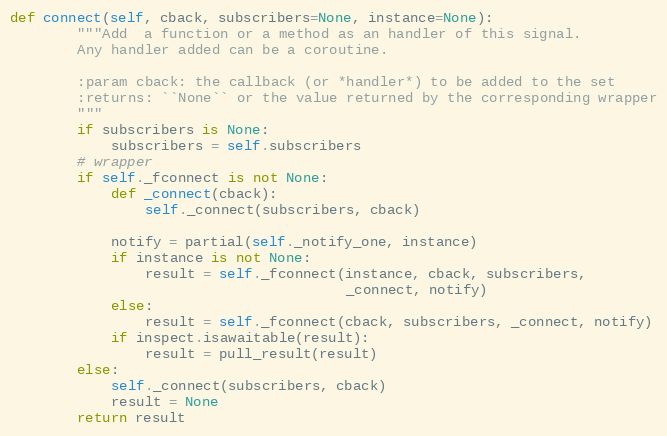
Language: Python
def connect(self, cback, subscribers=None, instance=None):
        """Add  a function or a method as an handler of this signal.
        Any handler added can be a coroutine.

        :param cback: the callback (or *handler*) to be added to the set
        :returns: ``None`` or the value returned by the corresponding wrapper
        """
        if subscribers is None:
            subscribers = self.subscribers
        # wrapper
        if self._fconnect is not None:
            def _connect(cback):
                self._connect(subscribers, cback)

            notify = partial(self._notify_one, instance)
            if instance is not None:
                result = self._fconnect(instance, cback, subscribers,
                                        _connect, notify)
            else:
                result = self._fconnect(cback, subscribers, _connect, notify)
            if inspect.isawaitable(result):
                result = pull_result(result)
        else:
            self._connect(subscribers, cback)
            result = None
        return result